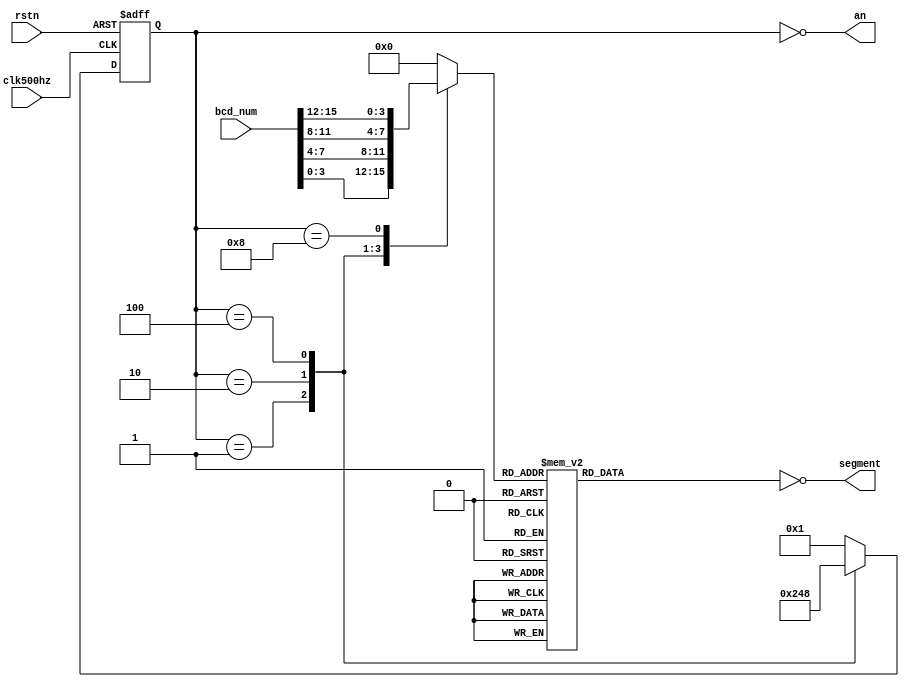
`timescale 1ns / 1ps

module segment(
    input rstn,
    input clk500hz,
    input [15:0] bcd_num,
    output [3:0] an,
    output [7:0] segment
);

reg [7:0] segment_r;
reg [3:0] an_r;
assign segment = ~ segment_r;
reg [3:0] cur_num_r;        //Register - BCD Number Display at this moment; 
assign an = ~an_r;

//Drive 7Segment Anode;
//When an_r == 0001, DIG4 will turn on;
//When an_r == 0001, at posedge clk500hz, an_r will be set to 0010(DIG3 ON);
//When an_r == 0010, at posedge clk500hz, an_r will be set to 0100(DIG2 ON);
//....
//DIG4 -> DIG3 -> DIG2 -> DIG1 -> DIG4 -> DIG3 -> DIG2 -> ...;
always @(negedge rstn,posedge clk500hz)begin
    if(!rstn)begin
        an_r <= 4'b0000;    //When system reset, empty all display;
    end
    else begin
        case(an_r)                  
        4'b0001: an_r <= 4'b0010;   //DISPLAY ON DIG3
        4'b0010: an_r <= 4'b0100;   //DISPLAY ON DIG2
        4'b0100: an_r <= 4'b1000;   //DISPLAY ON DIG1
        default: an_r <= 4'b0001;   //DISPLAY ON DIG4
        endcase
    end
end

//When DIG4 on, BCD Number Display at this moment is bcd_num[3:0];  (i.e Stop Watch - Second Unit)
//When DIG3 on, BCD Number Display at this moment is bcd_num[7:4];  (i.e Stop Watch - Second Decade)
//When DIG2 on, BCD Number Display at this moment is bcd_num[11:8]; (i.e Stop Watch - Minute Unit)
//When DIG1 on, BCD Number Display at this moment is bcd_num[15:12];(i.e Stop Watch - Minute Decade)
always @(an_r,bcd_num)begin
    case(an_r)
        4'b0001: cur_num_r <= bcd_num[3:0];
        4'b0010: cur_num_r <= bcd_num[7:4];
        4'b0100: cur_num_r <= bcd_num[11:8];
        4'b1000: cur_num_r <= bcd_num[15:12];
        default: cur_num_r <= 4'b0;
    endcase    
end

//Decode BCD NUM into corrosponding 7Segment Code;
always @(cur_num_r) begin
    case(cur_num_r)
        4'h0:segment_r <= 8'hc0;    //NUM "0"
        4'h1:segment_r <= 8'hf9;    //NUM "1"
        4'h2:segment_r <= 8'ha4;    //NUM "2"
        4'h3:segment_r <= 8'hb0;    //NUM "3"
        4'h4:segment_r <= 8'h99;    //NUM "4"
        4'h5:segment_r <= 8'h92;    //NUM "5"
        4'h6:segment_r <= 8'h82;    //NUM "6"
        4'h7:segment_r <= 8'hF8;    //NUM "7"
        4'h8:segment_r <= 8'h80;    //NUM "8"
        4'h9:segment_r <= 8'h90;    //NUM "9"
        4'hA:segment_r <= 8'h88; //NUM "A"
        4'hB:segment_r <= 8'h83; //NUM "b"
        4'hC:segment_r <= 8'hc6; //NUM "C"
        4'hD:segment_r <= 8'ha1; //NUM "d"
        4'hE:segment_r <= 8'h86; //NUM "E"
        4'hF:segment_r <= 8'h8e; //NUM "F"
        default: segment_r <= 8'hff;
    endcase
end

endmodule